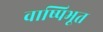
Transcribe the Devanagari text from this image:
वाष्पिभूत